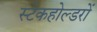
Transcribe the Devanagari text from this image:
स्टेकहोल्डरों